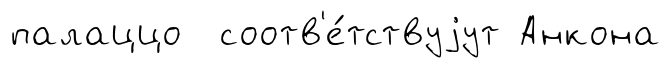
палаццо соотв'е́тствуjут Анкона